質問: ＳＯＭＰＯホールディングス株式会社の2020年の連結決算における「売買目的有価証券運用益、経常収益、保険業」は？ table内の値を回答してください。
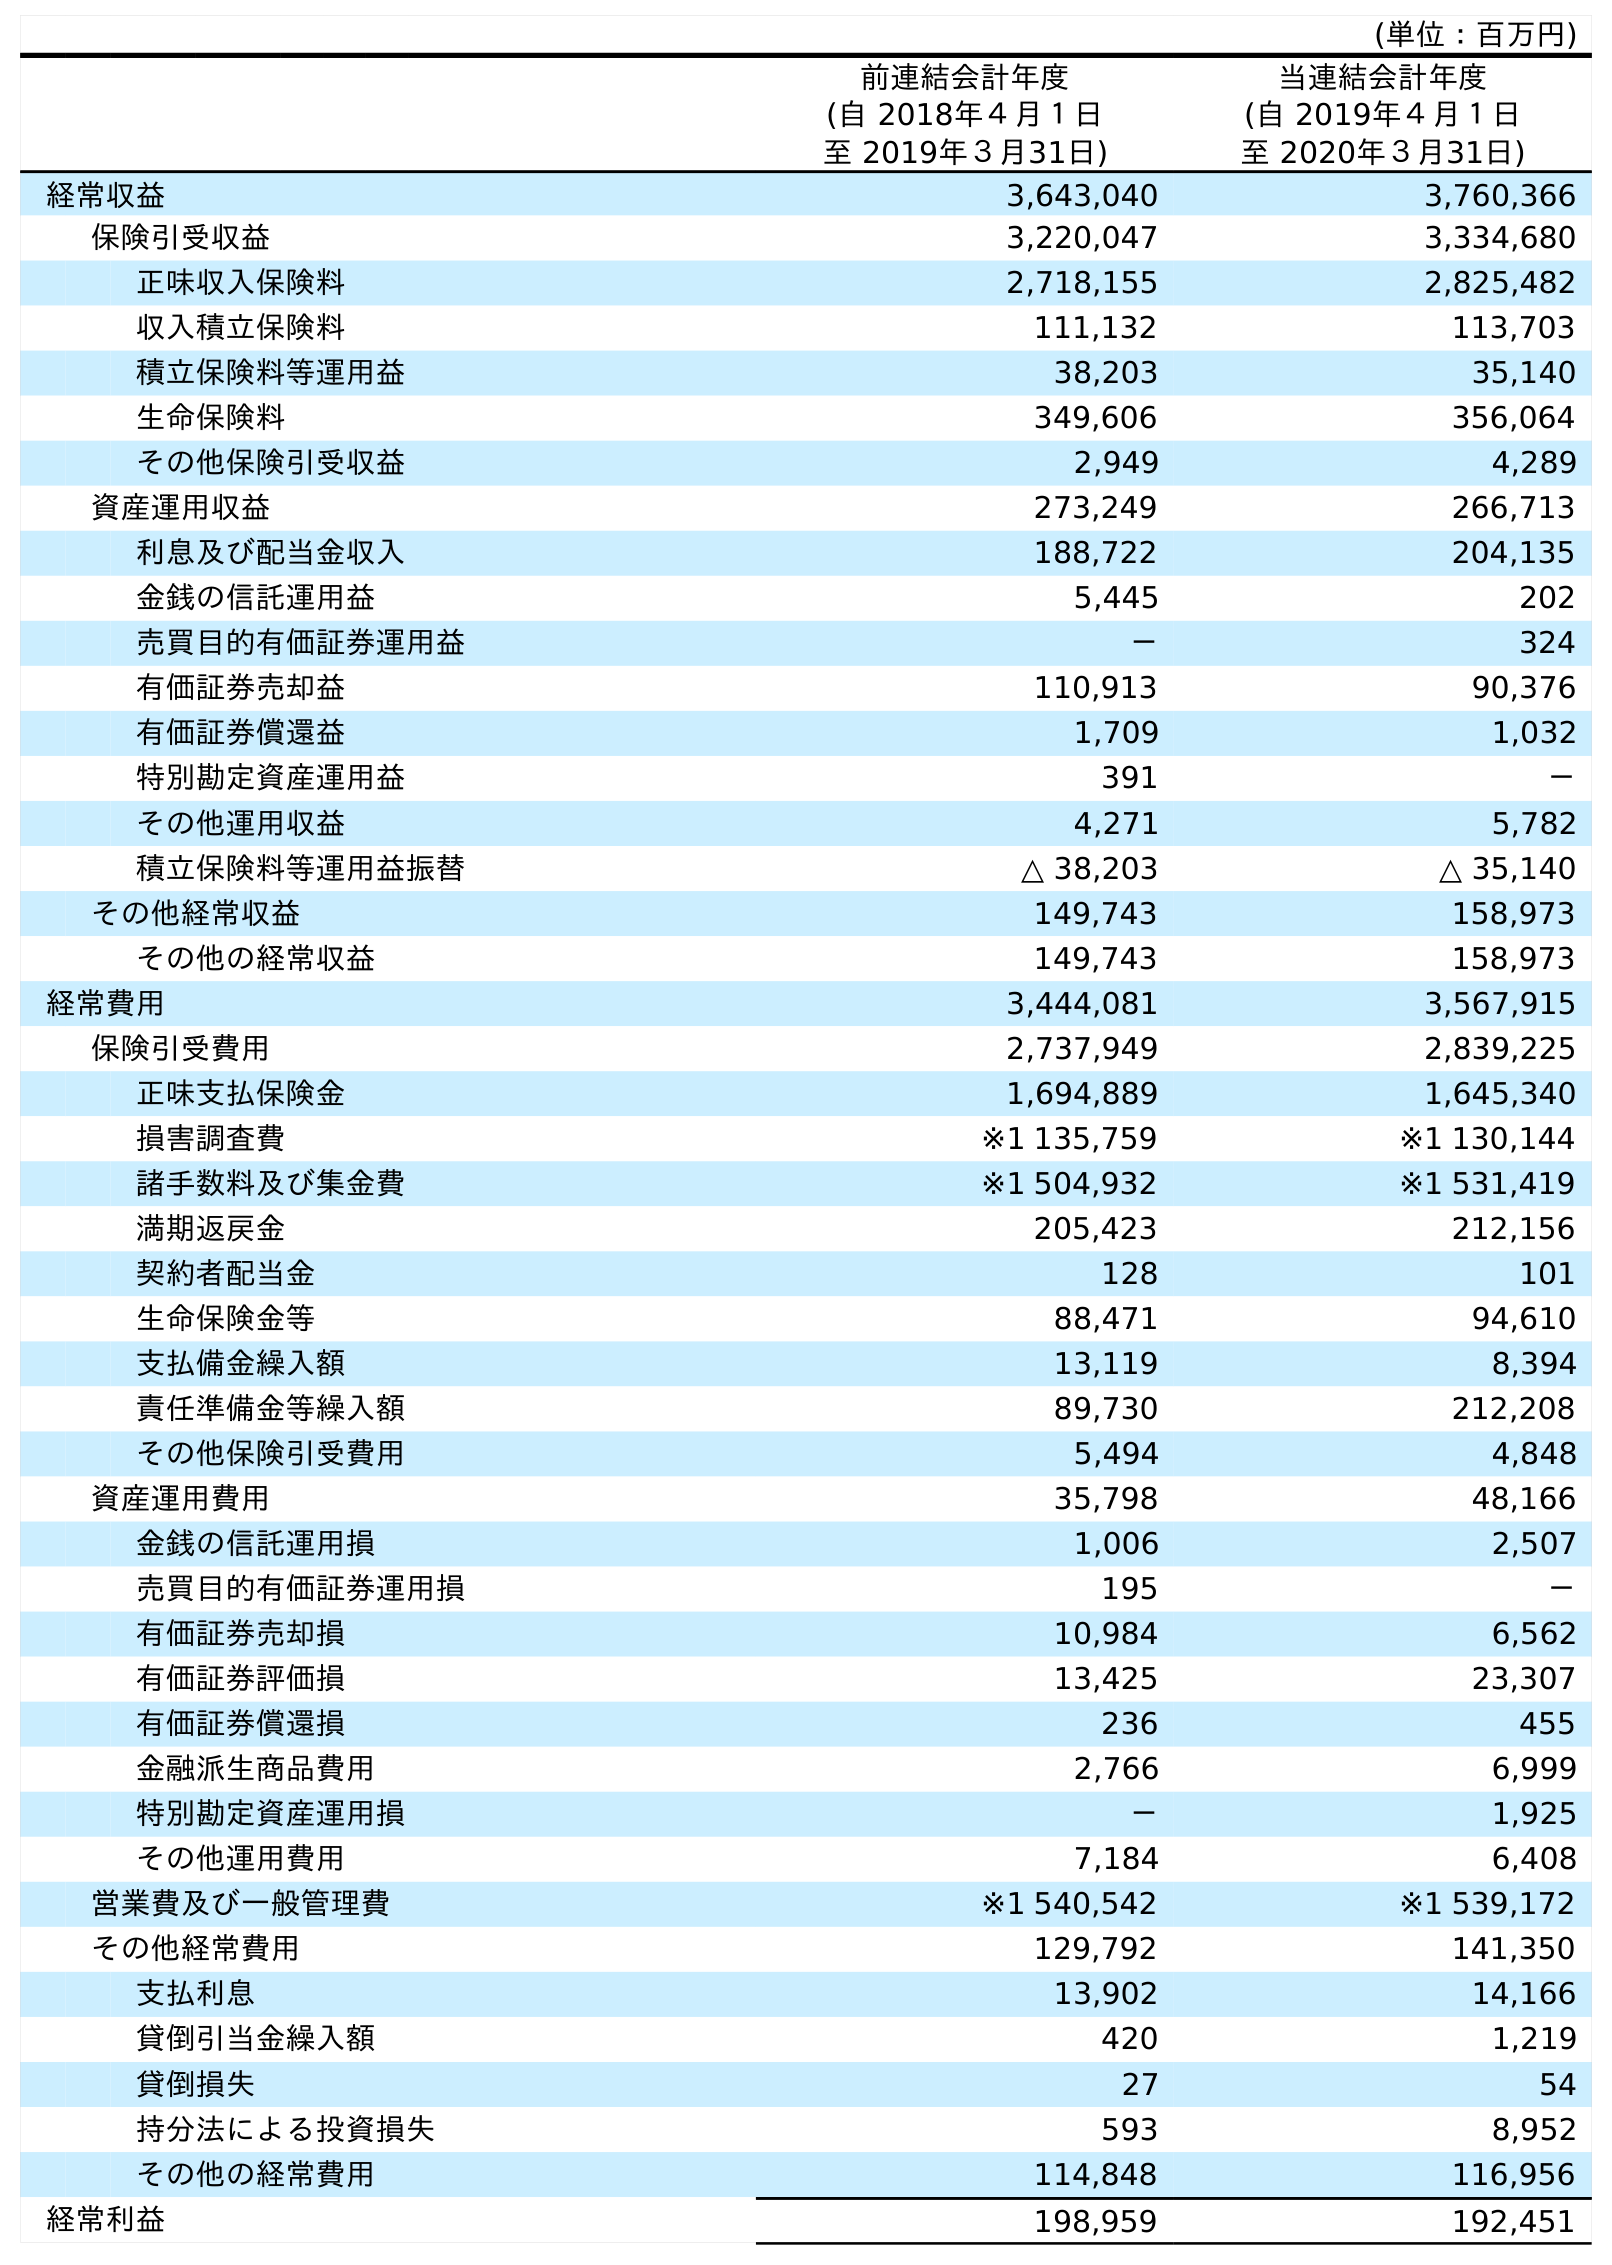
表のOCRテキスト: (単位：百万円) 前連結会計年度 (自 2018年４月１日 至 2019年３月31日) 当連結会計年度 (自 2019年４月１日 至 2020年３月31日) 経常収益 3,643,040 3,760,366 保険引受収益 3,220,047 3,334,680 正味収入保険料 2,718,155 2,825,482 収入積立保険料 111,132 113,703 積立保険料等運用益 38,203 35,140 生命保険料 349,606 356,064 その他保険引受収益 2,949 4,289 資産運用収益 273,249 266,713 利息及び配当金収入 188,722 204,135 金銭の信託運用益 5,445 202 売買目的有価証券運用益 － 324 有価証券売却益 110,913 90,376 有価証券償還益 1,709 1,032 特別勘定資産運用益 391 － その他運用収益 4,271 5,782 積立保険料等運用益振替 △ 38,203 △ 35,140 その他経常収益 149,743 158,973 その他の経常収益 149,743 158,973 経常費用 3,444,081 3,567,915 保険引受費用 2,737,949 2,839,225 正味支払保険金 1,694,889 1,645,340 損害調査費 ※1 135,759 ※1 130,144 諸手数料及び集金費 ※1 504,932 ※1 531,419 満期返戻金 205,423 212,156 契約者配当金 128 101 生命保険金等 88,471 94,610 支払備金繰入額 13,119 8,394 責任準備金等繰入額 89,730 212,208 その他保険引受費用 5,494 4,848 資産運用費用 35,798 48,166 金銭の信託運用損 1,006 2,507 売買目的有価証券運用損 195 － 有価証券売却損 10,984 6,562 有価証券評価損 13,425 23,307 有価証券償還損 236 455 金融派生商品費用 2,766 6,999 特別勘定資産運用損 － 1,925 その他運用費用 7,184 6,408 営業費及び一般管理費 ※1 540,542 ※1 539,172 その他経常費用 129,792 141,350 支払利息 13,902 14,166 貸倒引当金繰入額 420 1,219 貸倒損失 27 54 持分法による投資損失 593 8,952 その他の経常費用 114,848 116,956 経常利益 198,959 192,451
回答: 324